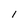
Character: l